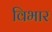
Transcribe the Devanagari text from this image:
विभार